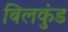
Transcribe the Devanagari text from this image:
बिलकुंड